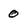
Character: 0